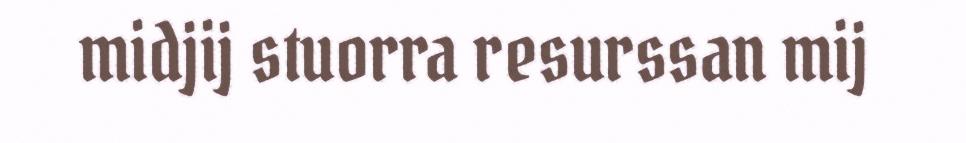
midjij stuorra resurssan mij